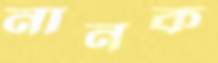
নানক